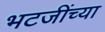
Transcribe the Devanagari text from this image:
भटजींच्या